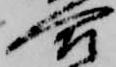
合